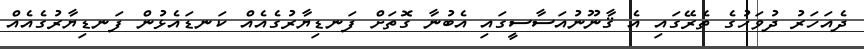
ދެއަހަރު ދުވަހުގެ ތެރޭގައި އެ ޤާނޫނުއަސާސީގައި އެބުނާ ގޮތަށް ފަނޑިޔާރުގެއެއް ކަނޑައެޅުން ފަނޑިޔާރުގެއެއް